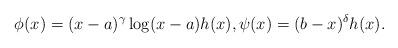
LaTeX: \begin{align*}\phi(x) = (x-a)^{\gamma} \log(x-a) h(x), \psi(x)=(b-x)^{\delta} h(x).\end{align*}